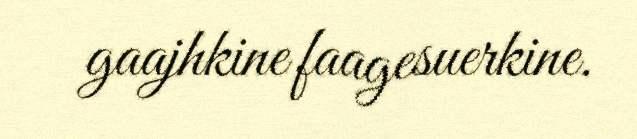
gaajhkine faagesuerkine.